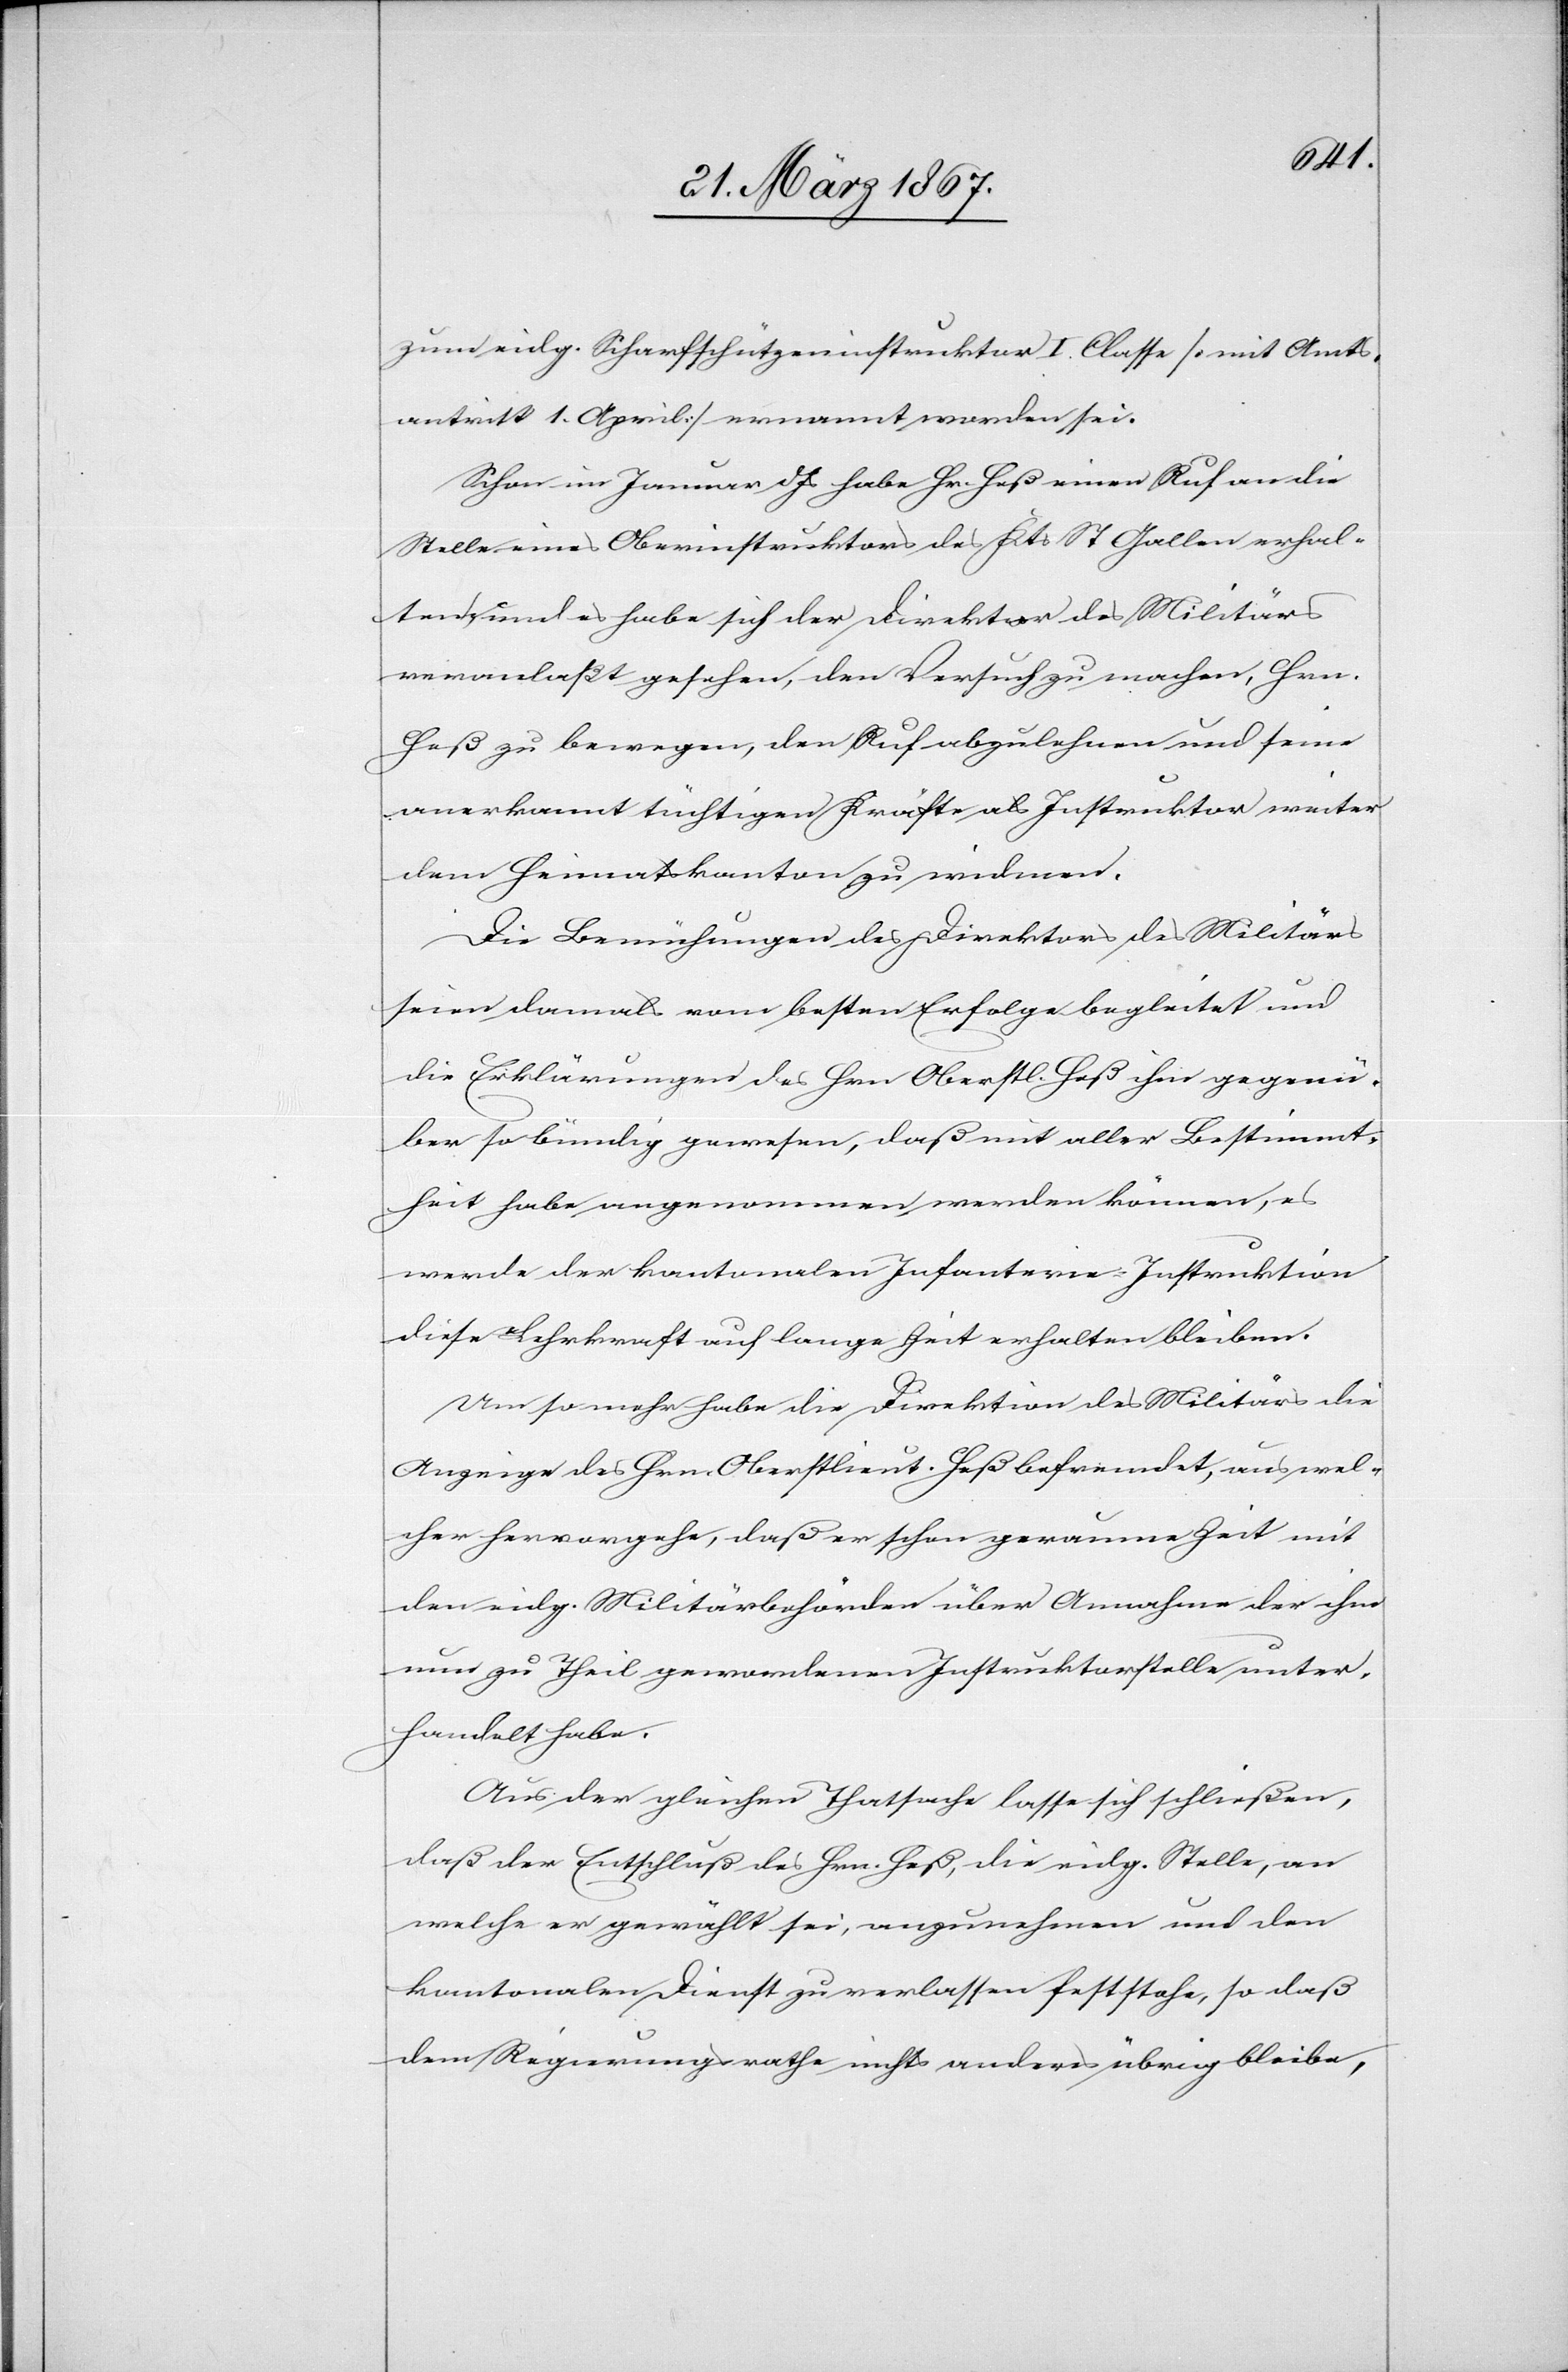
zum eidg. Scharfschützeninstruktor I. Classe [mit Amts¬
antritt 1. April] ernannt worden sei.
Schon im Januar d. Js habe Hr. Heß einen Ruf an die
Stelle eines Oberinstruktors des Kts. St. Gallen erhal¬
ten und es habe sich der Direktor des Militärs
veranlaßt gesehen, den Versuch zu machen, Hrn.
Heß zu bewegen, den Ruf abzulehnen und seine
anerkannt tüchtigen Kräfte als Instruktor weiter
dem Heimatskanton zu widmen.
Die Bemühungen des Direktors des Militärs
seien damals vom besten Erfolge begleitet und
die Erklärung des Hrn. Oberstl. Heß ihm gegenü¬
ber so bündig gewesen, daß mit aller Bestimmt¬
heit habe angenommen werden können, es
werde der kantonalen Infanterie-Instruktion
diese Lehrkraft auf lange Zeit erhalten bleiben.
Um so mehr habe die Direktion des Militärs die
Anzeige des Hrn. Oberstlieut. Heß befremdet, aus wel¬
cher hervorgehe, daß er schon geraume Zeit mit
den eidg. Militärbehörden über Annahme der ihm
nun zu Theil gewordenen Instruktorstelle unter¬
handelt habe.
Aus der gleichen Thatsache lasse sich schließen,
daß der Entschluß des Hrn. Heß, die eidg. Stelle, an
welche er gewählt sei, anzunehmen und den
kantonalen Dienst zu verlassen feststehe, so daß
dem Regierungsrathe nichts anderes übrig bleibe,